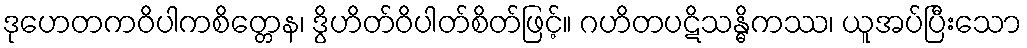
ဒုဟေတကဝိပါကစိတ္တေန၊ ဒွိဟိတ်ဝိပါတ်စိတ်ဖြင့်။ ဂဟိတပဋိသန္ဓိကဿ၊ ယူအပ်ပြီးသော